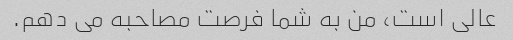
عالی است، من به شما فرصت مصاحبه می دهم.